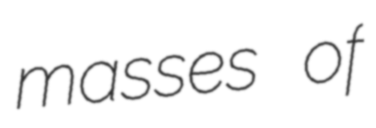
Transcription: masses of